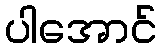
ပါအောင်